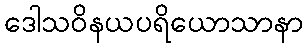
ဒေါသဝိနယပရိယောသာနာ